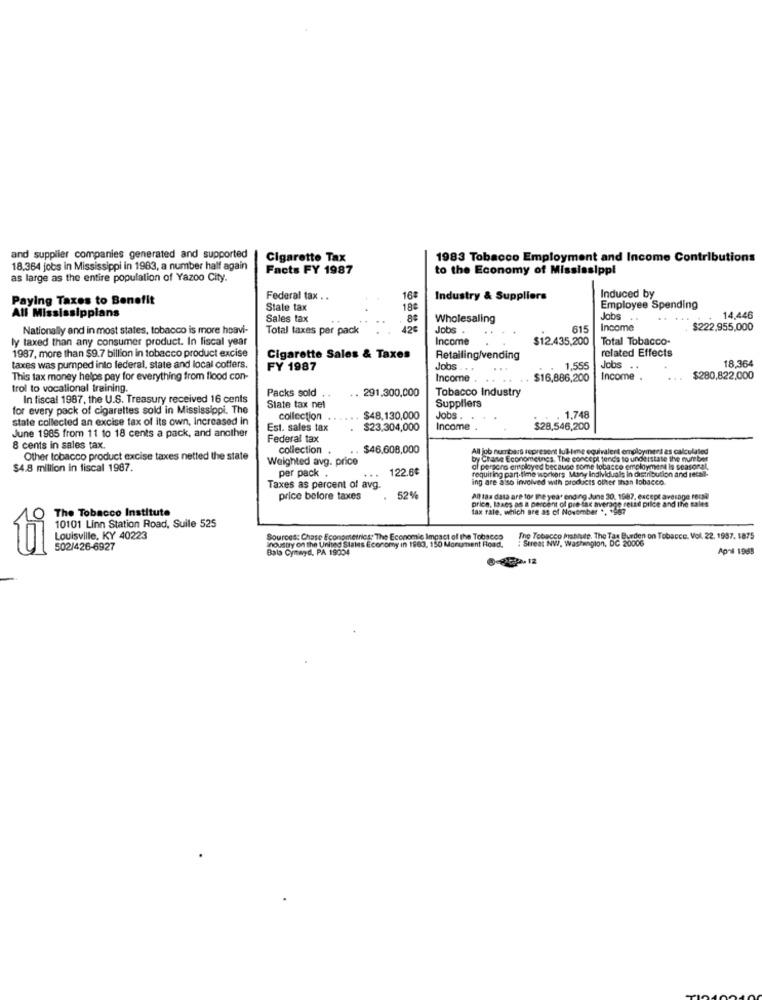
and supplier companies generated and supported
Cigarette Tax
1983 Tobacco Employment and Income Contributions
18.364 jobs in Mississippi in 1983, a number half again
Facts FY 1987
to the Economy of Mississippi
as large as the entire population of Yazoo City.
Induced by
Paying Taxes to Benefit
Federal tax . .
16
Industry & Suppliers
State tax
18₺
Employee Spending
All Mississippians
Sales tax
Wholesaling
Jobs
..
14,446
Nationally and in most states, tobacco is more heavi-
Total taxes per pack
42€
Jobs .
615
income
$222,955,000
ly taxed than any consumer product. In fiscal year
Income
$12.435,200
Total Tobacco
1987, more than $9.7 billion in tobacco product excise
Cigarette Sales & Taxes
Retailing/vending
related Effects
18,364
taxes was pumped into federal, state and local coffers.
FY 1987
Jobs . ..
...
1,555
Jobs
This tax money helps pay for everything from flood con-
Income .
$16,886,200
Income .
$280,822,000
trol to vocational training.
Packs sold
.. 291.300,000
Tobacco Industry
In fiscal 1987, the U.S. Treasury received 16 cents
Suppliers
for every pack of cigarettes sold in Mississippi. The
State tax net
state collected an excise tax of its own, Increased in
collection
$48,130,000
Jobs .
..
1.748
Est. sales tax
$23,304,000
Income .
$28,546,200
June 1985 from 11 to 18 cents a pack, and another
Federal tax
8 cents in sales tax.
collection
$46,608,000
All job numbars represent lul-lene equivalent employment as calculated
Other tobacco product excise taxes netted the state
Weighted avg. price
by Chane Econometnes. The concept tenda to understate the number
$4.8 million in fiscal 1987.
per pack .
...
122.6€
of persona employed because some tobacco employment is seasonal.
requiring part-time workers Many Individuals In distribution and recall-
ing are also involved with products other than tobacco.
Taxes as percent of avg.
price before taxes
52%
All 18a data are for the year ending June 30, 1987, except average rerak
price, taxes as a percent of pre-tax average retad pilde and the sales
tax tale, which are as of November ., 1987
The Tobacco Institute
10101 Linn Station Road, Suile 525
Louisville, KY 40223
Sources: Chase Econometrics: The Economic Impact of the Tobacco
Industry on the United States Economy in 1963. 150 Monument Road.
Street NW, Washington, DC 20006
The Tobacco Insblute. The Tax Burden on Tobacco. Vol. 22. 1997. 1875
ti
502/426-6927
Bala Cynwyd, PA 19004
Ap's 1983
2.12